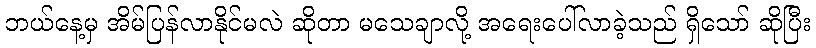
ဘယ်နေ့မှ အိမ်ပြန်လာနိုင်မလဲ ဆိုတာ မသေချာလို့ အရေးပေါ်လာခဲ့သည် ရှိသော် ဆိုပြီး